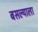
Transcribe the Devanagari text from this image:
बसल्याला